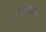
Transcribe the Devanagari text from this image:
अलिबागकर